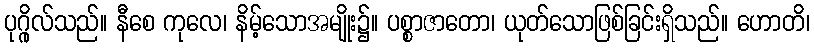
ပုဂ္ဂိုလ်သည်။ နီစေ ကုလေ၊ နိမ့်သောအမျိုး၌။ ပစ္စာဇာတော၊ ယုတ်သောဖြစ်ခြင်းရှိသည်။ ဟောတိ၊